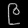
Digit: ၉